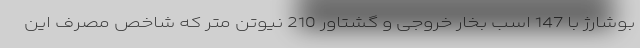
بوشارژ با 147 اسب بخار خروجی و گشتاور 210 نیوتن متر که شاخص مصرف این